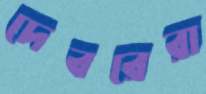
দেবরেরা